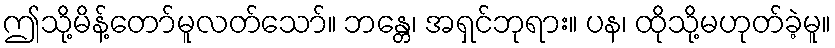
ဤသို့မိန့်တော်မူလတ်သော်။ ဘန္တေ၊ အရှင်ဘုရား။ ပန၊ ထိုသို့မဟုတ်ခဲ့မူ။